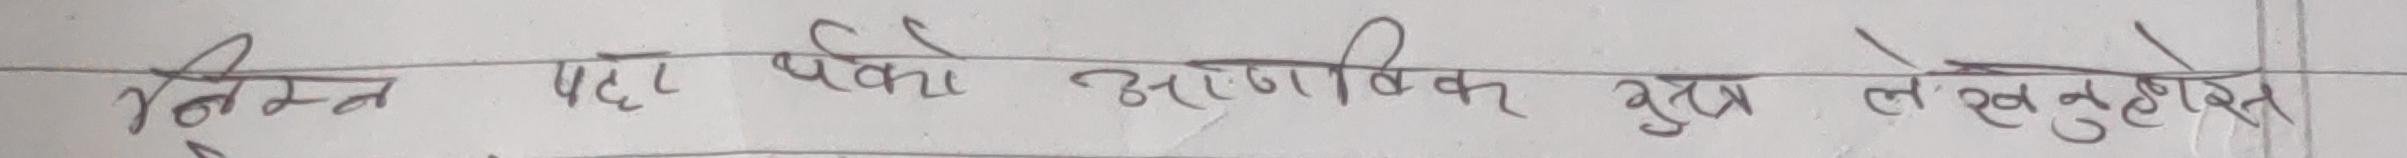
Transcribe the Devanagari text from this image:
निम्न पट्टा र्पका आणविक सुत्र लेखनुहोस